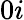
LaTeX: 0i